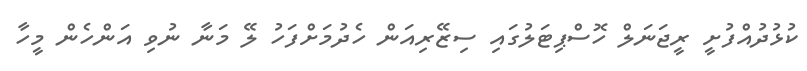
ކުޅުދުއްފުށީ ރީޖަނަލް ހޮސްޕިޓަލުގައި ސިޒޭރިއަން ހެދުމަށްފަހު ލޭ މަނާ ނުވި އަންހެން މީހާ